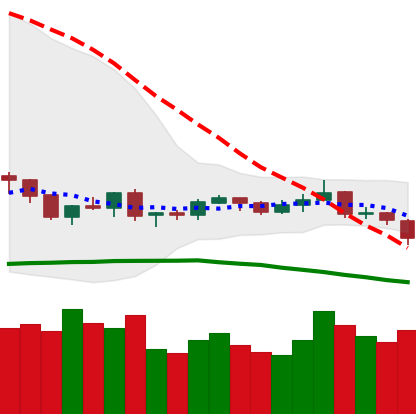
Ticker: XRP-USD
Chart end date: 2019-08-09
Forward return: -11.435%
Label: down_7plus